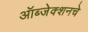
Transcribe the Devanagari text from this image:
ऑब्जेक्शनचे